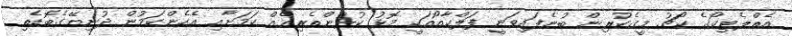
އެތްލެޓިކޯގެ ކޯޗު މީގެކުރިން ބުނެފައިވަނީ ފަލްކާއޯއަކީ މޮޅު ކުޅުންތެރިއެއް ކަމަށާއި އެހެންކަމުން ދުނިޔޭގެބޮޑެތި